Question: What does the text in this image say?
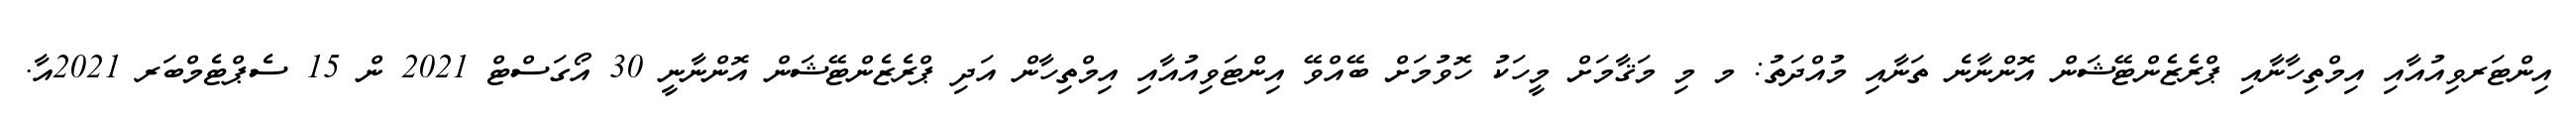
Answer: އިންޓަރވިއުއާއި އިމްތިހާނާއި ޕްރެޒެންޓޭޝަން އޮންނާނެ ތަނާއި މުއްދަތު: މ މި މަޤާމަށް މީހަކު ހޮވުމަށް ބޭއްވޭ އިންޓަވިއުއާއި އިމްތިހާން އަދި ޕްރެޒެންޓޭޝަން އޮންނާނީ 30 އޯގަސްޓް 2021 ން 15 ސެޕްޓެމްބަރ 2021އާ.